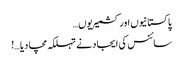
پاکستانیوں اور کشمیریوں…
سائنس کی ایجاد نے تہلکہ مچا دیا …!